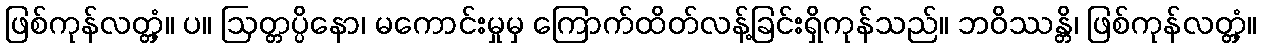
ဖြစ်ကုန်လတ္တံ့။ ပ။ ဩတ္တပ္ပိနော၊ မကောင်းမှုမှ ကြောက်ထိတ်လန့်ခြင်းရှိကုန်သည်။ ဘဝိဿန္တိ၊ ဖြစ်ကုန်လတ္တံ့။